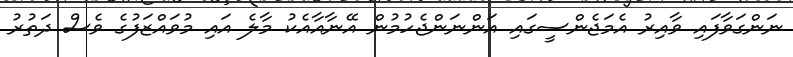
ނަންގަވާފައި ވާއިރު އެމަޖެންސީގައި އަންނަންޖެހުމުން އޭނާއާއެކު މާލެ އައި މުވައްޒަފުގެ ވެސް ދަތުރު